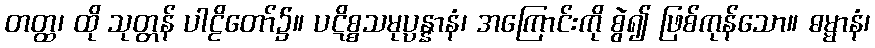
တတ္ထ၊ ထို သုတ္တန် ပါဠိတော်၌။ ပဋိစ္စသမုပ္ပန္နာနံ၊ အကြောင်းကို စွဲ၍ ဖြစ်ကုန်သော။ ဓမ္မာနံ၊